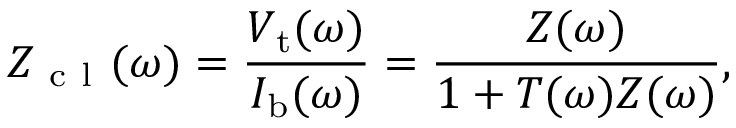
Z _ { \mathrm { ~ c ~ l ~ } } ( \omega ) = \frac { V _ { \mathrm { t } } ( \omega ) } { I _ { \mathrm { b } } ( \omega ) } = \frac { Z ( \omega ) } { 1 + T ( \omega ) Z ( \omega ) } ,